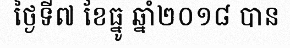
ថ្ងៃទី៧ ខែធ្នូ ឆ្នាំ២០១៨ បាន